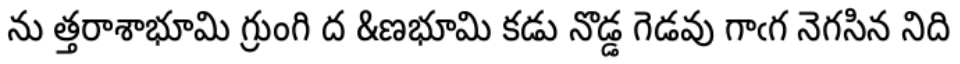
ను త్తరాశాభూమి గ్రుంగి ద &ణభూమి కడు నొడ్డ గెడవు గాఁగ నెగసిన నిది